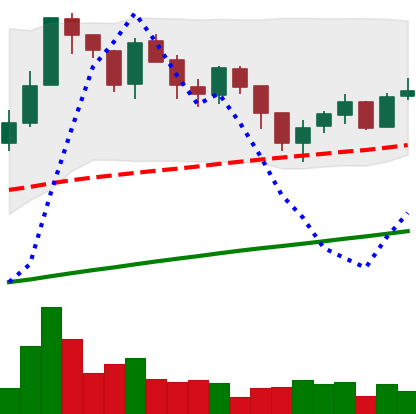
Ticker: LTC-USD
Chart end date: 2017-07-21
Forward return: -7.721%
Label: down_7plus